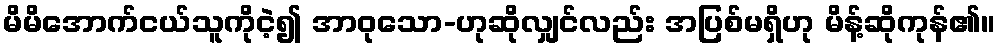
မိမိအောက်ငယ်သူကိုငဲ့၍ အာဝုသော-ဟုဆိုလျှင်လည်း အပြစ်မရှိဟု မိန့်ဆိုကုန်၏။